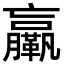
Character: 𦣄